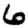
Digit: 6